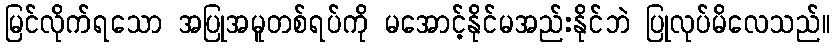
မြင်လိုက်ရသော အပြုအမူတစ်ရပ်ကို မအောင့်နိုင်မအည်းနိုင်ဘဲ ပြုလုပ်မိလေသည်။